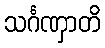
သင်္ဂဏှာတိ